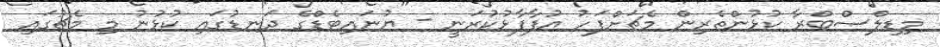
މިޑިލްސްބްރާ ކުޅުންތެރިން މެޗަށްފަހު އުފާފާޅުކުރަނީ - ޔުނައިޓެޑްގެ ދަނޑުގައި ކުޅުނު މި މެޗުގައި